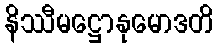
နိဿီမဋ္ဌောနုမောဒတိ